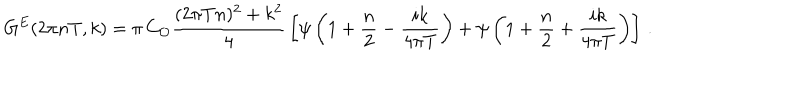
LaTeX: G ^ { E } ( 2 \pi n T , k ) = \pi \, C _ { \cal { O } } { \frac { ( 2 \pi T n ) ^ { 2 } + k ^ { 2 } } { 4 } } \left[ \psi \left( 1 + { \frac { n } { 2 } } - { \frac { i k } { 4 \pi T } } \right) + \psi \left( 1 + { \frac { n } { 2 } } + { \frac { i k } { 4 \pi T } } \right) \right] \, .